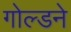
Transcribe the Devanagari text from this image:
गोल्डने